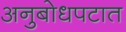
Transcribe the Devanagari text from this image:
अनुबोधपटात